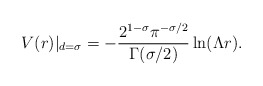
\begin{align*}V(r)|_{d=\sigma}=-\frac{2^{1-\sigma}\pi^{-\sigma/2}}{\Gamma(\sigma/2)}\ln(\Lambda r).\end{align*}